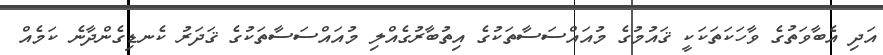
އަދި އެބާވަތުގެ ވާހަކަތަކަކީ ޤައުމުގެ މުއައްސަސާތަކުގެ އިތުބާރުގެއްލި މުއައްސަސާތަކުގެ ޤަދަރު ކެނޑިގެންދާނެ ކަމެއް